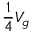
{ \frac { 1 } { 4 } } V _ { g }